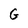
Character: G